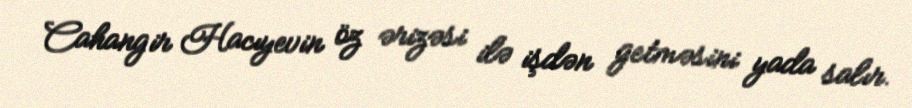
Cahangir Hacıyevin öz ərizəsi ilə işdən getməsini yada salır.